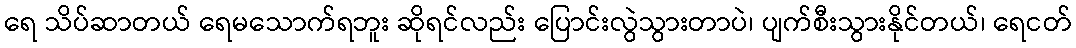
ရေ သိပ်ဆာတယ် ရေမသောက်ရဘူး ဆိုရင်လည်း ပြောင်းလွဲသွားတာပဲ၊ ပျက်စီးသွားနိုင်တယ်၊ ရေငတ်